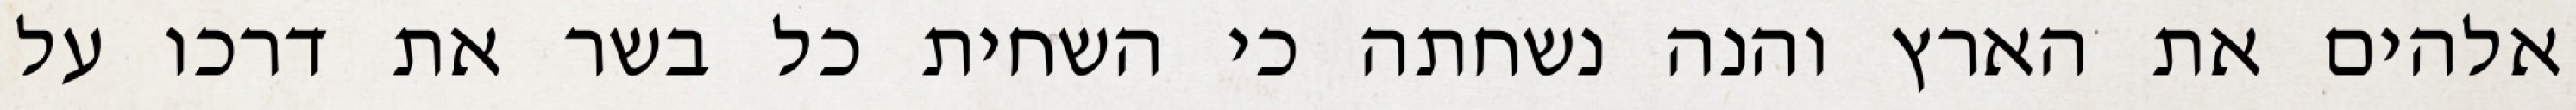
אלהים את הארץ והנה נשחתה כי השחית כל בשר את דרכו על